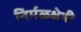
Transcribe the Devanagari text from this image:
निर्मळक्षेत्री